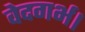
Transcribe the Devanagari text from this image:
वेदगर्भ।